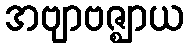
အဗျာဗဇ္ဈာယ